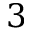
3